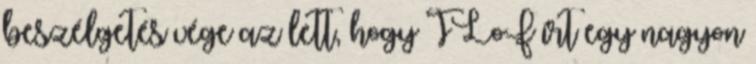
beszélgetés vége az lett, hogy TLoF írt egy nagyon